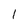
Character: l